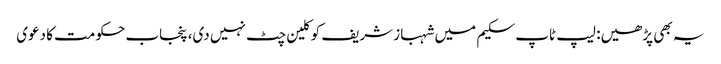
یہ بھی پڑھیں: لیپ ٹاپ سکیم میں شہباز شریف کو کلین چٹ نہیں دی، پنجاب حکومت کا دعوی